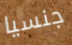
جنسيا